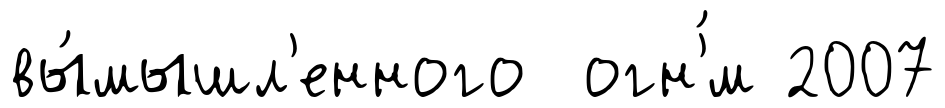
вы́мышл'енного огн'́м 2007